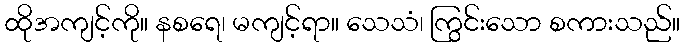
ထိုအကျင့်ကို။ နစရေ၊ မကျင့်ရာ။ သေသံ၊ ကြွင်းသော စကားသည်။